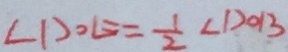
\angle D O E = \frac { 1 } { 2 } \angle D O B